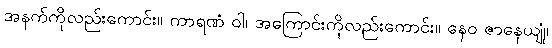
အနက်ကိုလည်းကောင်း။ ကာရဏံ ဝါ၊ အကြောင်းကိုလည်းကောင်း။ နေဝ ဇာနေယျုံ၊